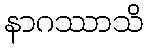
နာဂဿာသိ